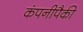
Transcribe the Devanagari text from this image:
कंपनीपैकी